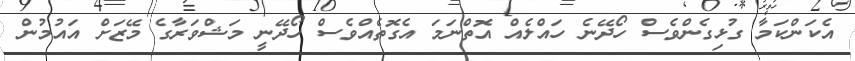
އެކަންކަމާ ގުޅިގެންވެސް ހޯދޭނެ ހައްލެއް އޮތްނަމަ އެގޮތެއްވެސް ހޯދޭނީ މަޝްވަރާގެ މޭޒަށް އައުމުން